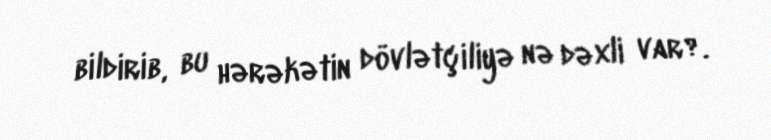
bildirib, bu hərəkətin dövlətçiliyə nə dəxli var?.